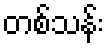
တစ်သန်း